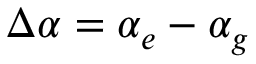
\Delta \alpha = \alpha _ { e } - \alpha _ { g }